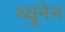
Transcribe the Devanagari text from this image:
थ्यूनेन